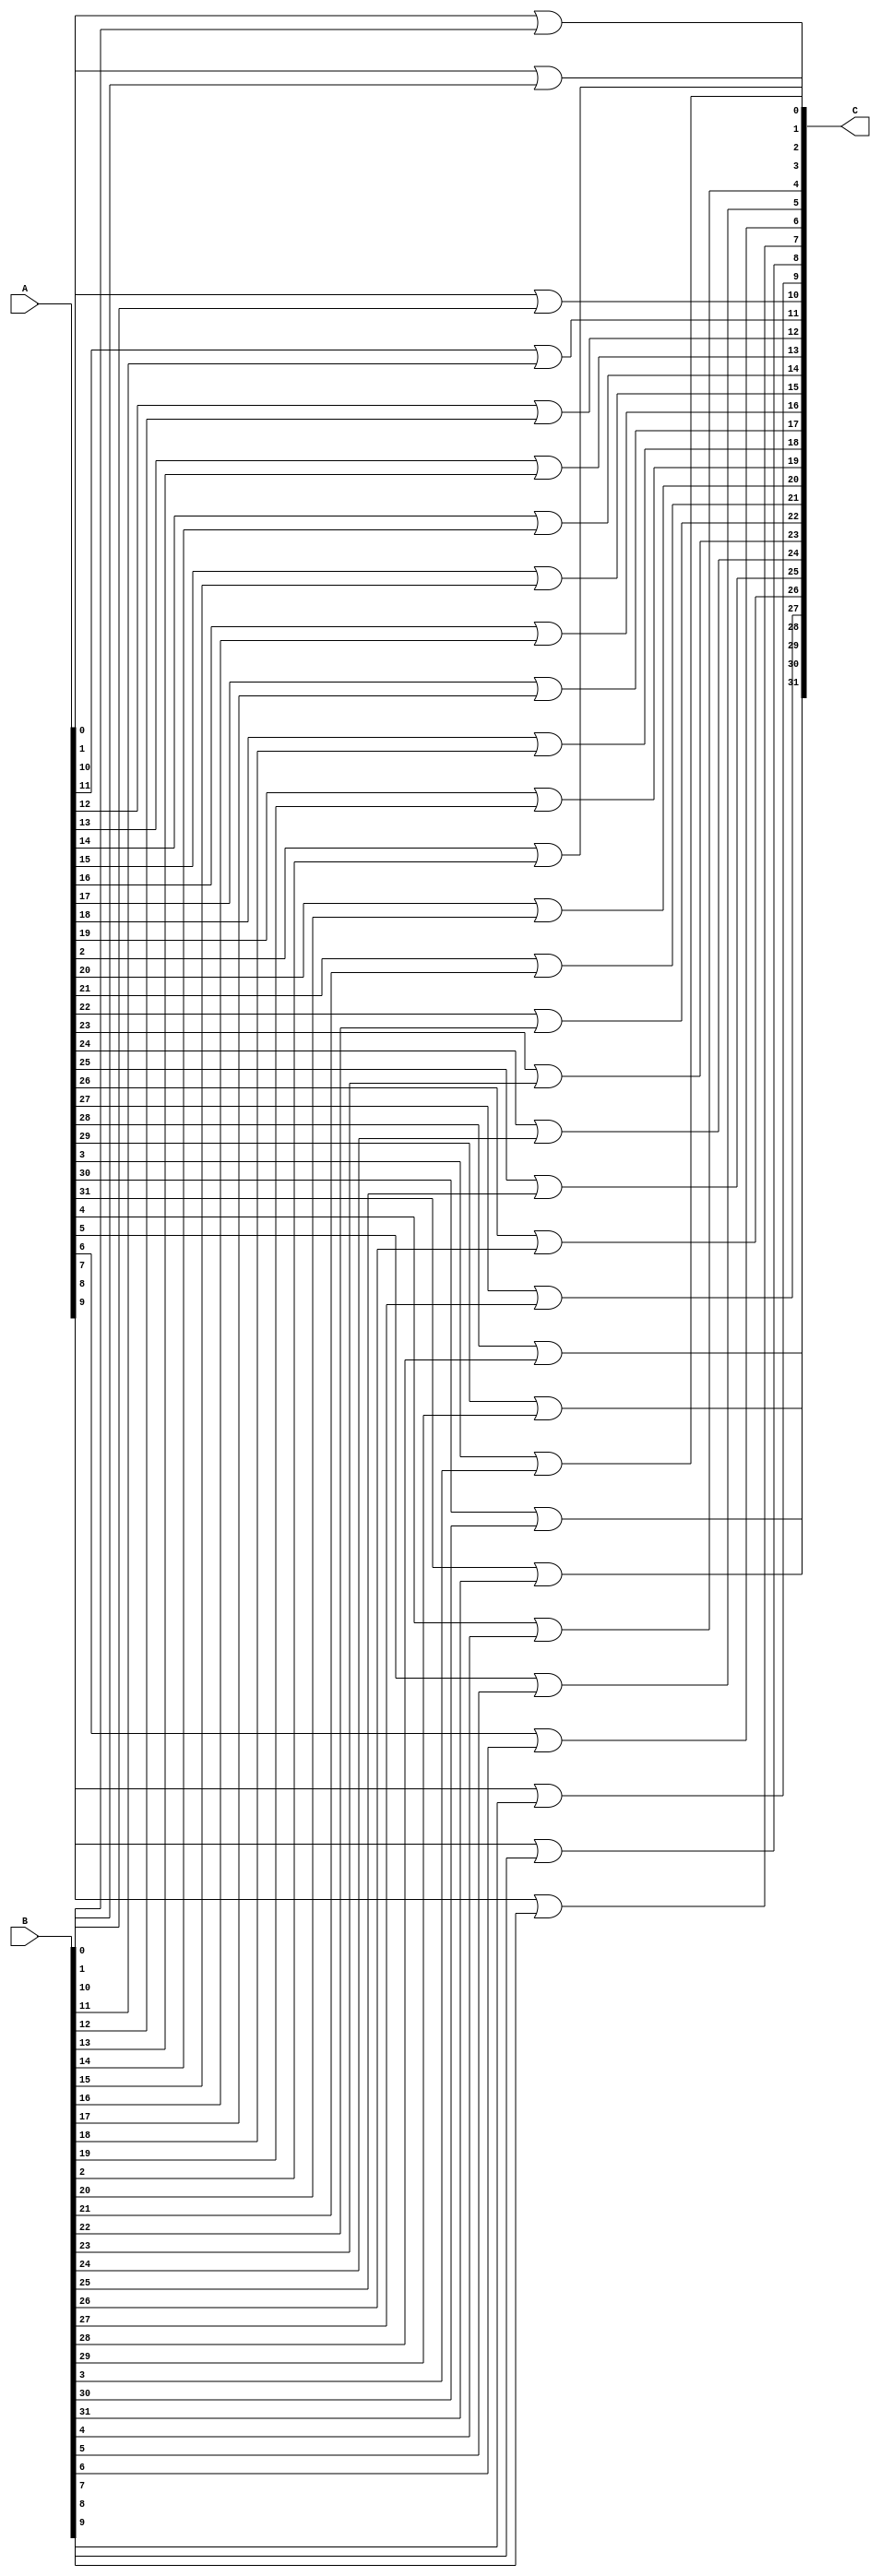
// Copyright (C) 1991-2013 Altera Corporation
// Your use of Altera Corporation's design tools, logic functions 
// and other software and tools, and its AMPP partner logic 
// functions, and any output files from any of the foregoing 
// (including device programming or simulation files), and any 
// associated documentation or information are expressly subject 
// to the terms and conditions of the Altera Program License 
// Subscription Agreement, Altera MegaCore Function License 
// Agreement, or other applicable license agreement, including, 
// without limitation, that your use is for the sole purpose of 
// programming logic devices manufactured by Altera and sold by 
// Altera or its authorized distributors.  Please refer to the 
// applicable agreement for further details.

// PROGRAM		"Quartus II 64-Bit"
// VERSION		"Version 13.0.1 Build 232 06/12/2013 Service Pack 1 SJ Full Version"
// CREATED		"Sun Feb 26 14:50:46 2023"

module logical_or(
	A,
	B,
	C
);


input wire	[31:0] A;
input wire	[31:0] B;
output wire	[31:0] C;

wire	[31:0] C_ALTERA_SYNTHESIZED;




assign	C_ALTERA_SYNTHESIZED[0] = A[0] | B[0];

assign	C_ALTERA_SYNTHESIZED[1] = A[1] | B[1];

assign	C_ALTERA_SYNTHESIZED[10] = A[10] | B[10];

assign	C_ALTERA_SYNTHESIZED[11] = A[11] | B[11];

assign	C_ALTERA_SYNTHESIZED[12] = A[12] | B[12];

assign	C_ALTERA_SYNTHESIZED[13] = A[13] | B[13];

assign	C_ALTERA_SYNTHESIZED[14] = A[14] | B[14];

assign	C_ALTERA_SYNTHESIZED[15] = A[15] | B[15];

assign	C_ALTERA_SYNTHESIZED[16] = A[16] | B[16];

assign	C_ALTERA_SYNTHESIZED[17] = A[17] | B[17];

assign	C_ALTERA_SYNTHESIZED[18] = A[18] | B[18];

assign	C_ALTERA_SYNTHESIZED[19] = A[19] | B[19];

assign	C_ALTERA_SYNTHESIZED[2] = A[2] | B[2];

assign	C_ALTERA_SYNTHESIZED[20] = A[20] | B[20];

assign	C_ALTERA_SYNTHESIZED[21] = A[21] | B[21];

assign	C_ALTERA_SYNTHESIZED[22] = A[22] | B[22];

assign	C_ALTERA_SYNTHESIZED[23] = A[23] | B[23];

assign	C_ALTERA_SYNTHESIZED[24] = A[24] | B[24];

assign	C_ALTERA_SYNTHESIZED[25] = A[25] | B[25];

assign	C_ALTERA_SYNTHESIZED[26] = A[26] | B[26];

assign	C_ALTERA_SYNTHESIZED[27] = A[27] | B[27];

assign	C_ALTERA_SYNTHESIZED[28] = A[28] | B[28];

assign	C_ALTERA_SYNTHESIZED[29] = A[29] | B[29];

assign	C_ALTERA_SYNTHESIZED[3] = A[3] | B[3];

assign	C_ALTERA_SYNTHESIZED[30] = A[30] | B[30];

assign	C_ALTERA_SYNTHESIZED[31] = A[31] | B[31];

assign	C_ALTERA_SYNTHESIZED[4] = A[4] | B[4];

assign	C_ALTERA_SYNTHESIZED[5] = A[5] | B[5];

assign	C_ALTERA_SYNTHESIZED[6] = A[6] | B[6];

assign	C_ALTERA_SYNTHESIZED[7] = A[7] | B[7];

assign	C_ALTERA_SYNTHESIZED[8] = A[8] | B[8];

assign	C_ALTERA_SYNTHESIZED[9] = A[9] | B[9];

assign	C = C_ALTERA_SYNTHESIZED;

endmodule